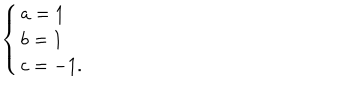
\left\{ \begin{array} { l } { { a = 1 } } \\ { { b = 1 } } \\ { { c = - 1 . } } \\ \end{array} \right.